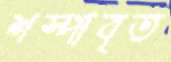
শস্পাবৃত